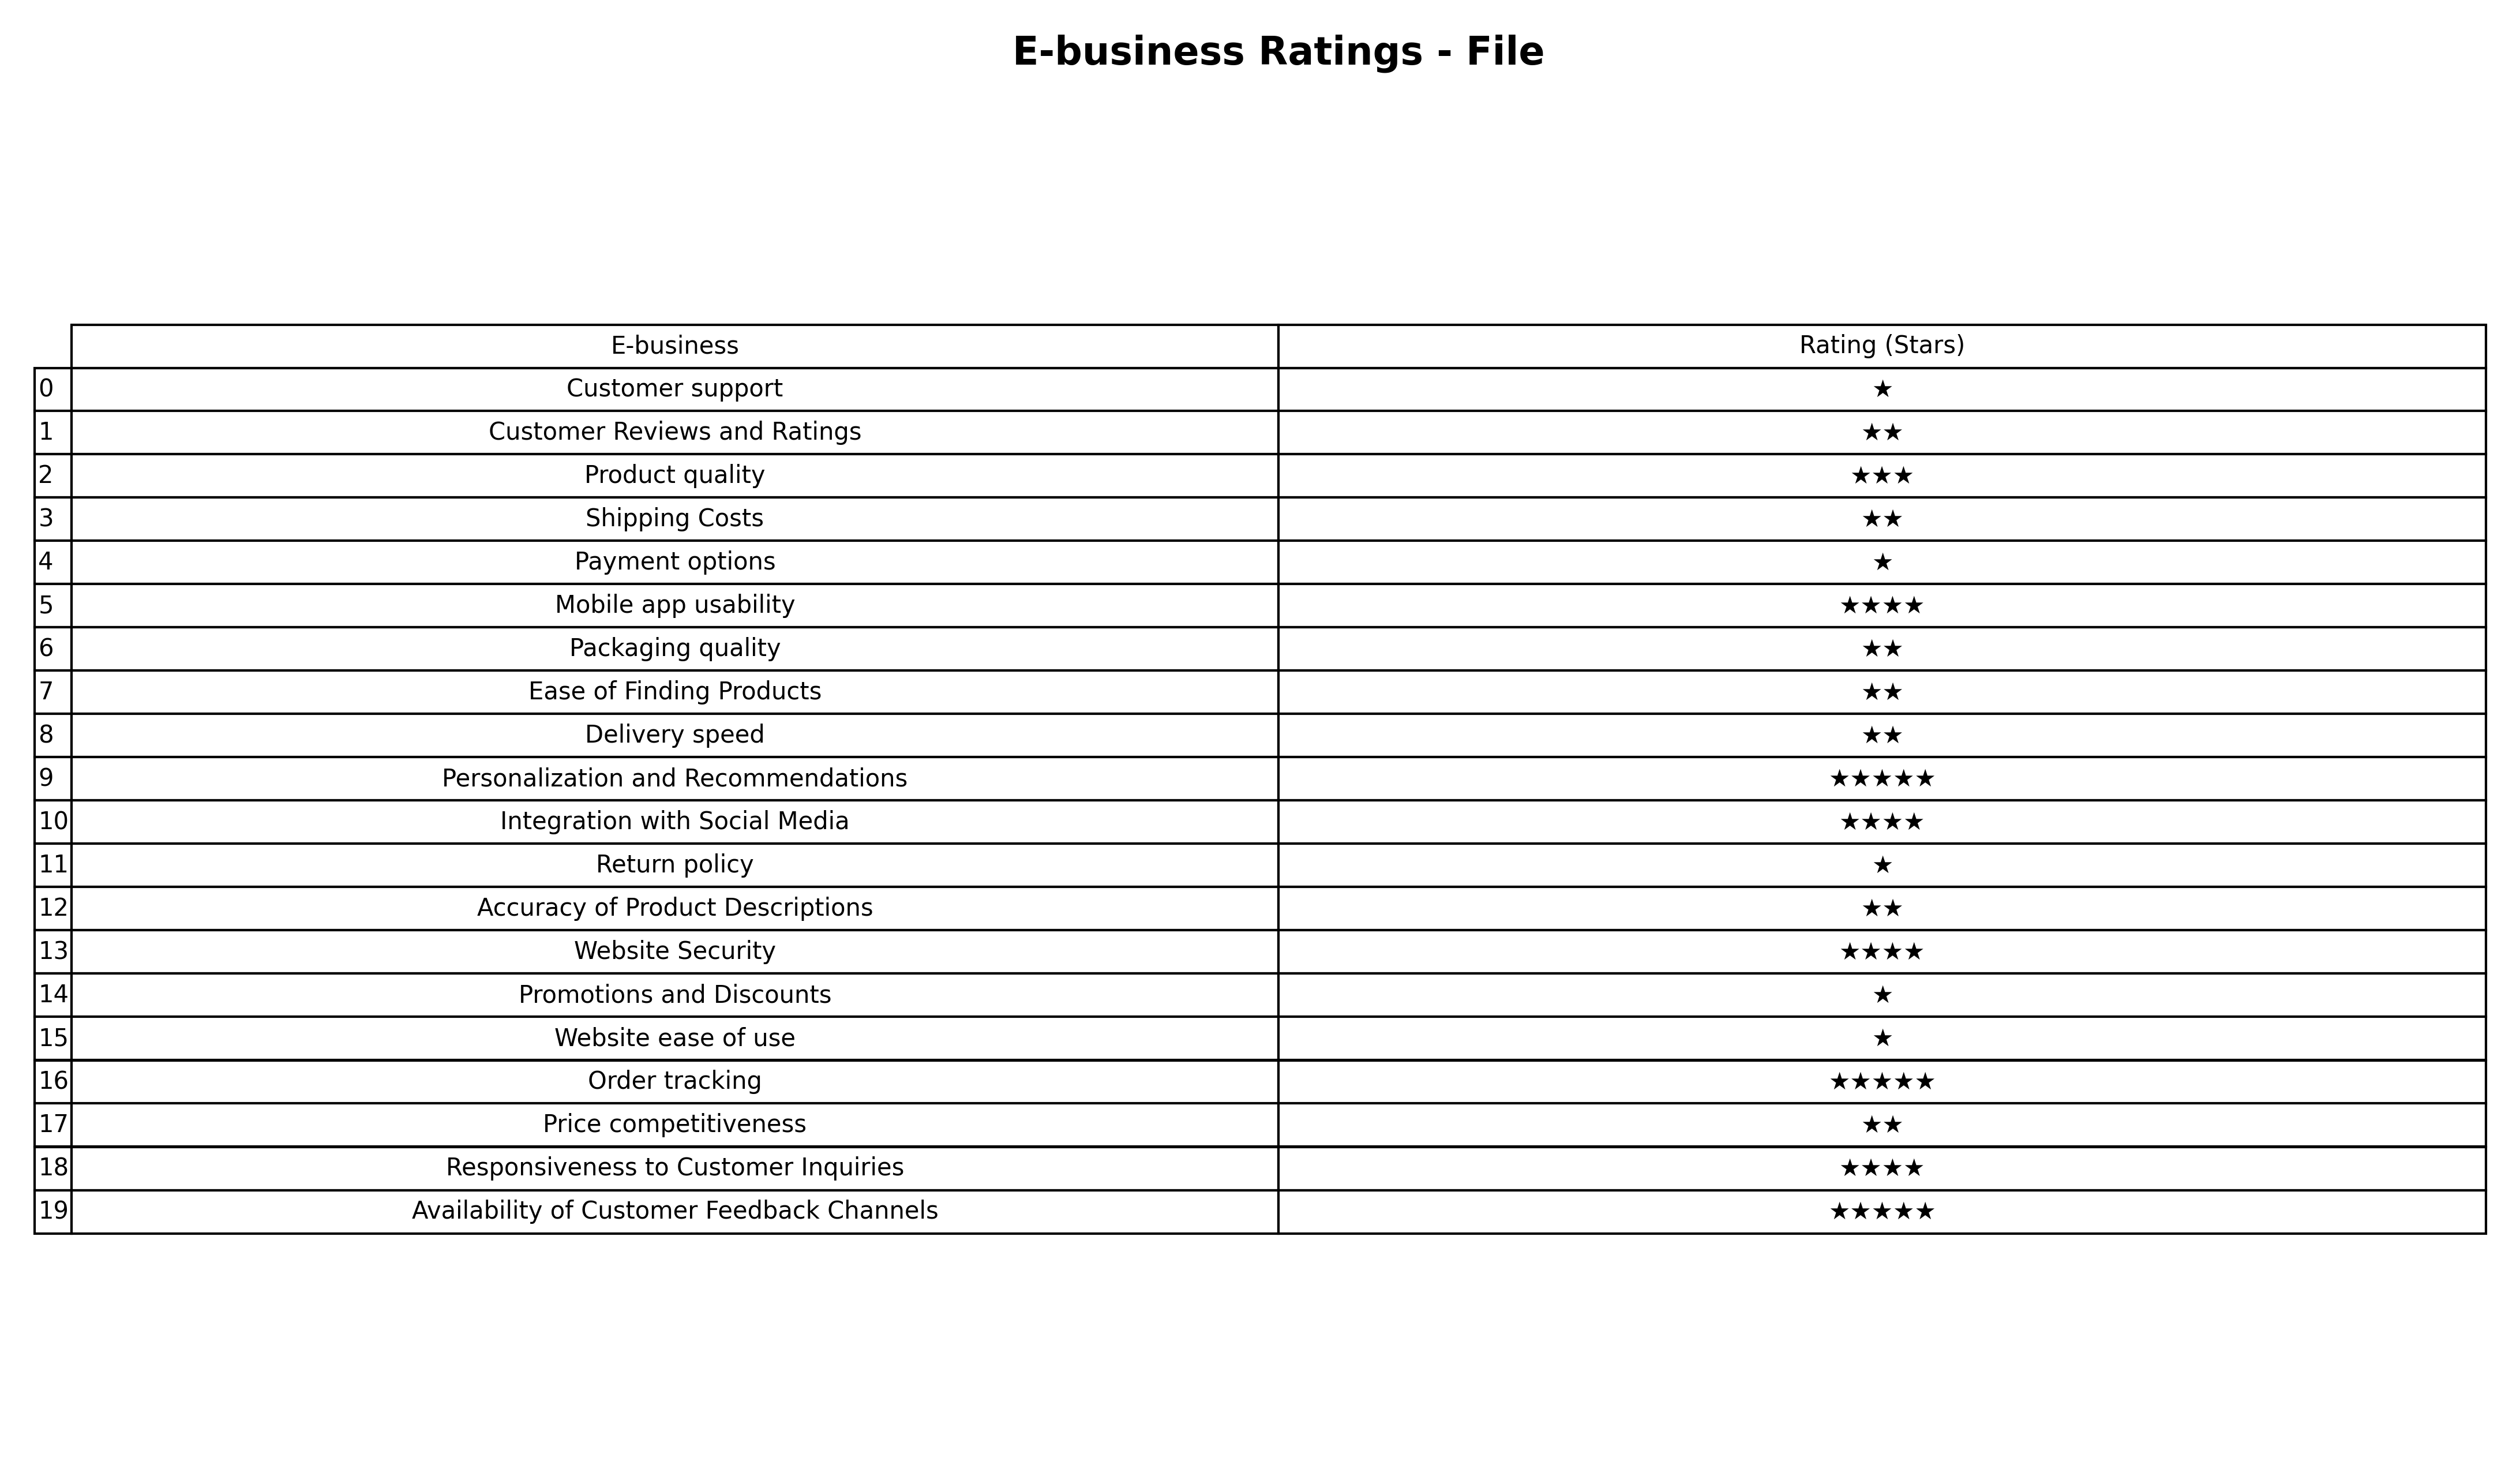
question: What are highest rating services?
answer: Customer Reviews and RatingsShipping CostsPackaging qualityEase of Finding ProductsDelivery speedAccuracy of Product DescriptionsPrice competitiveness